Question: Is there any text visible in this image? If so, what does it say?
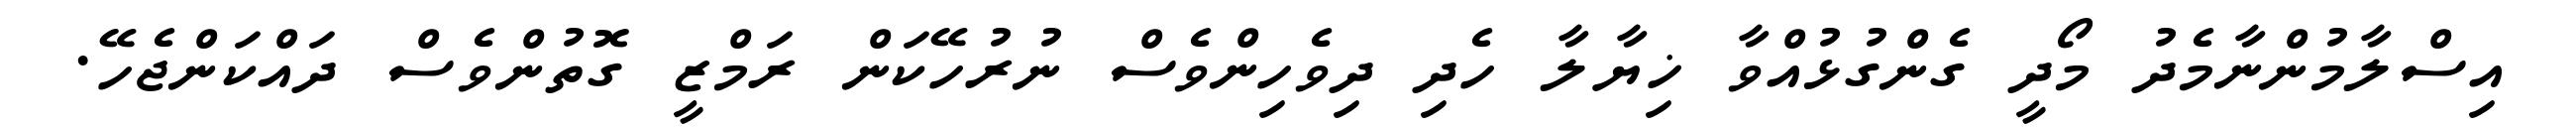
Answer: އިސްލާމުންނާމެދު މޯދީ ގެންގުޅުއްވާ ޚިޔާލާ ހެދި ދިވެހިންވެސް ނުރުހޭކަން ރަމްޒީ ގޮތުންވެސް ދައްކަންޖެހޭ.